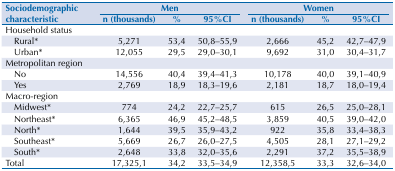
<table><thead><tr><td rowspan="3"><b>Sociodemographic characteristic</b></td><td colspan="3"><b>Men</b></td><td colspan="3"><b>Women</b></td></tr><tr><td><b>n (thousands)</b></td><td><b>%</b></td><td><b>95%CI</b></td><td><b>n (thousands)</b></td><td><b>%</b></td><td><b>95%CI</b></td></tr></thead><tbody><tr><td>Household status</td><td></td><td></td><td></td><td></td><td></td><td></td></tr><tr><td>Rural*</td><td>5,271</td><td>53,4</td><td>50,8–55,9</td><td>2,666</td><td>45,2</td><td>42,7–47,9</td></tr><tr><td> Urban*</td><td>12,055</td><td>29,5</td><td>29,0–30,1</td><td>9,692</td><td>31,0</td><td>30,4–31,7</td></tr><tr><td>Metropolitan region</td><td></td><td></td><td></td><td></td><td></td><td></td></tr><tr><td> No</td><td>14,556</td><td>40,4</td><td>39,4–41,3</td><td>10,178</td><td>40,0</td><td>39,1–40,9</td></tr><tr><td> Yes</td><td>2,769</td><td>18,9</td><td>18,3–19,6</td><td>2,181</td><td>18,7</td><td>18,0–19,4</td></tr><tr><td>Macro-region</td><td></td><td></td><td></td><td></td><td></td><td></td></tr><tr><td> Midwest*</td><td>774</td><td>24,2</td><td>22,7–25,7</td><td>615</td><td>26,5</td><td>25,0–28,1</td></tr><tr><td> Northeast*</td><td>6,365</td><td>46,9</td><td>45,2–48,5</td><td>3,859</td><td>40,5</td><td>39,0–42,0</td></tr><tr><td> North*</td><td>1,644</td><td>39,5</td><td>35,9–43,2</td><td>922</td><td>35,8</td><td>33,4–38,3</td></tr><tr><td> Southeast*</td><td>5,669</td><td>26,7</td><td>26,0–27,5</td><td>4,505</td><td>28,1</td><td>27,1–29,2</td></tr><tr><td> South*</td><td>2,648</td><td>33,8</td><td>32,0–35,6</td><td>2,291</td><td>37,2</td><td>35,5–38,9</td></tr><tr><td>Total</td><td>17,325,1</td><td>34,2</td><td>33,5–34,9</td><td>12,358,5</td><td>33,3</td><td>32,6–34,0</td></tr></tbody></table>